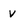
Character: V